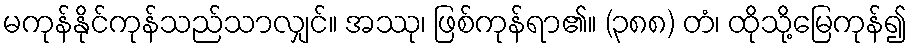
မကုန်နိုင်ကုန်သည်သာလျှင်။ အဿု၊ ဖြစ်ကုန်ရာ၏။ (၃၈၈) တံ၊ ထိုသို့မြေကုန်၍